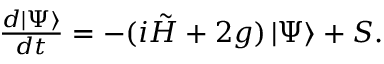
\begin{array} { r } { { \frac { d \left| \Psi \right\rangle } { d t } } = - ( i \tilde { H } + 2 g ) \left| \Psi \right\rangle + { S } . } \end{array}